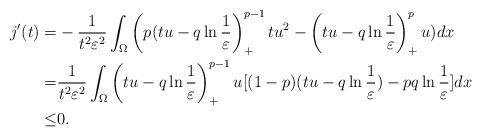
LaTeX: \begin{align*}j'(t)=&-\frac{1}{t^2\varepsilon^2}\int_{\Omega}\left(p(tu-q\ln\frac{1}{\varepsilon}\right)_+^{p-1}tu^2-\left(tu-q\ln\frac{1}{\varepsilon}\right)_+^{p}u)dx\\=&\frac{1}{t^2\varepsilon^2}\int_{\Omega}\left(tu-q\ln\frac{1}{\varepsilon}\right)_+^{p-1}u[(1-p)(tu-q\ln\frac{1}{\varepsilon})-pq\ln\frac{1}{\varepsilon}]dx\\\leq &0.\end{align*}